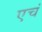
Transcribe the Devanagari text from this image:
एचं